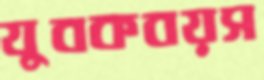
যুবকবয়স